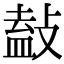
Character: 𢾩